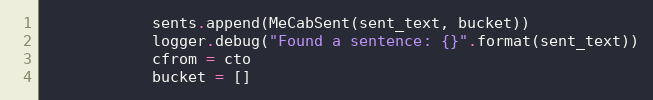
Language: Python
            sents.append(MeCabSent(sent_text, bucket))
            logger.debug("Found a sentence: {}".format(sent_text))
            cfrom = cto
            bucket = []